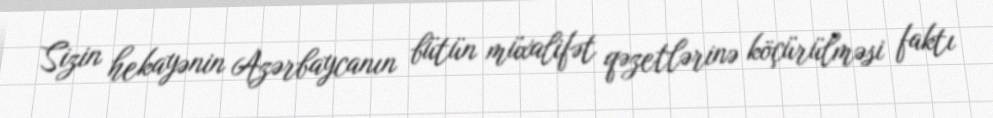
Sizin hekayənin Azərbaycanın bütün müxalifət qəzetlərinə köçürülməsi faktı